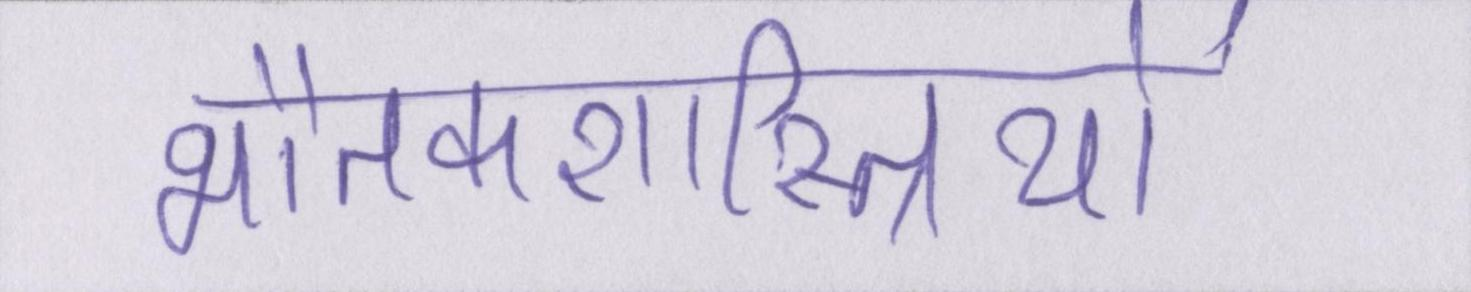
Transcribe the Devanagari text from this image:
भौतकशास्त्रियों